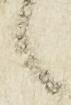
言